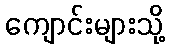
ကျောင်းများသို့